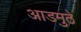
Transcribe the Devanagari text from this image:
आडमुठे